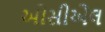
ઓસીએલ